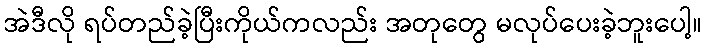
အဲဒီလို ရပ်တည်ခဲ့ပြီးကိုယ်ကလည်း အတုတွေ မလုပ်ပေးခဲ့ဘူးပေါ့။